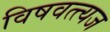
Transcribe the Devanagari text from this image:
विषवत्त्यज